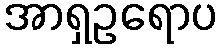
အာရှဥရောပ